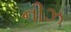
નીઝ